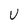
Character: U